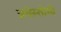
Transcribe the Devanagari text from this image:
त्रचेस्तोमी